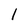
Character: 1